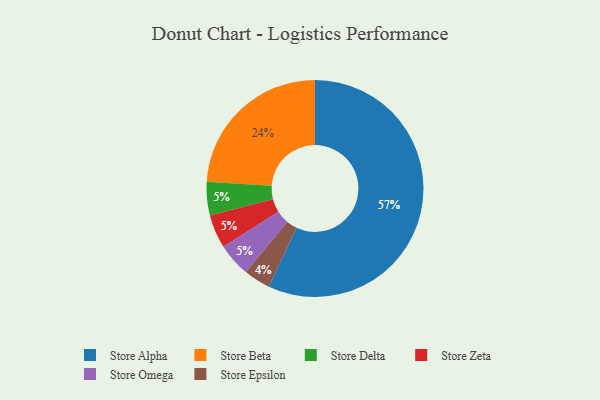
{"axis": {"x": "Category", "y": "Percentage"}, "legend": ["Store Alpha", "Store Beta", "Store Delta", "Store Epsilon", "Store Omega", "Store Zeta"], "data": [{"x": "Store Beta", "y": 24, "type": "Store Beta"}, {"x": "Store Delta", "y": 5, "type": "Store Delta"}, {"x": "Store Alpha", "y": 57, "type": "Store Alpha"}, {"x": "Store Zeta", "y": 5, "type": "Store Zeta"}, {"x": "Store Epsilon", "y": 4, "type": "Store Epsilon"}, {"x": "Store Omega", "y": 5, "type": "Store Omega"}]}